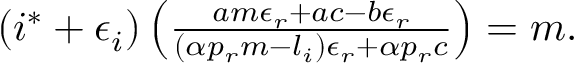
\begin{array} { r } { ( i ^ { * } + \epsilon _ { i } ) \left( \frac { a m \epsilon _ { r } + a c - b \epsilon _ { r } } { ( \alpha p _ { r } m - l _ { i } ) \epsilon _ { r } + \alpha p _ { r } c } \right) = m . } \end{array}